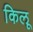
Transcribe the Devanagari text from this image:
किलू